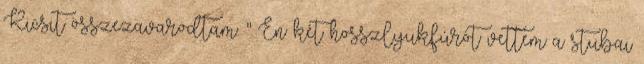
Kicsit összezavarodtam. " Én két hosszlyukfúrót vettem a stubai